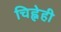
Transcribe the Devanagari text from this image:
चिह्नेही